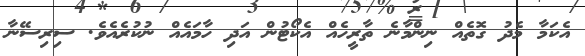
އެކަމާ މެދު ގޮތެއް ނިންމާނެ ތާރީހެއް އެކޯޓުންް އަދި ހާމައެއް ނުކުރެއެވެ. ސިރިސޭނާ